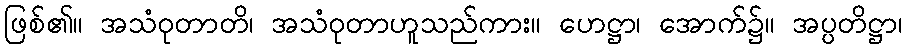
ဖြစ်၏။ အသံဝုတာတိ၊ အသံဝုတာဟူသည်ကား။ ဟေဋ္ဌာ၊ အောက်၌။ အပ္ပတိဋ္ဌာ၊